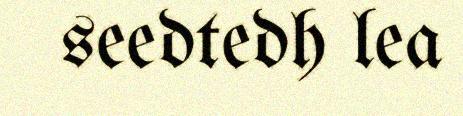
seedtedh lea